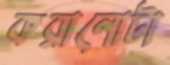
করানোটা